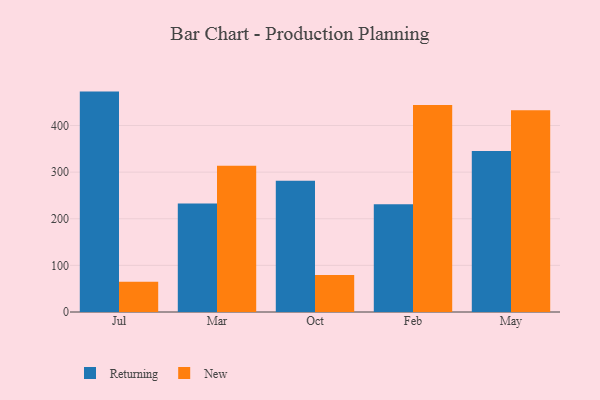
{"axis": {"x": "Month", "y": "Revenue (USD Million)"}, "legend": ["New", "Returning"], "data": [{"x": "Jul", "y": 472.7, "type": "Returning"}, {"x": "Jul", "y": 65.1, "type": "New"}, {"x": "Mar", "y": 232.5, "type": "Returning"}, {"x": "Mar", "y": 313.9, "type": "New"}, {"x": "Oct", "y": 281.3, "type": "Returning"}, {"x": "Oct", "y": 79.2, "type": "New"}, {"x": "Feb", "y": 231.3, "type": "Returning"}, {"x": "Feb", "y": 443.8, "type": "New"}, {"x": "May", "y": 345.1, "type": "Returning"}, {"x": "May", "y": 432.9, "type": "New"}]}